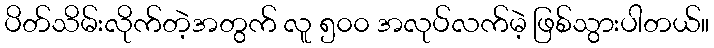
ပိတ်သိမ်းလိုက်တဲ့အတွက် လူ ၅၀၀ အလုပ်လက်မဲ့ ဖြစ်သွားပါတယ်။